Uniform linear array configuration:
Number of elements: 64
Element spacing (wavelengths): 0.5
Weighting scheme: hamming
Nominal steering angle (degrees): -60
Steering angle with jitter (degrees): -59.453
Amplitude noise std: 0.05
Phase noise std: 0.05

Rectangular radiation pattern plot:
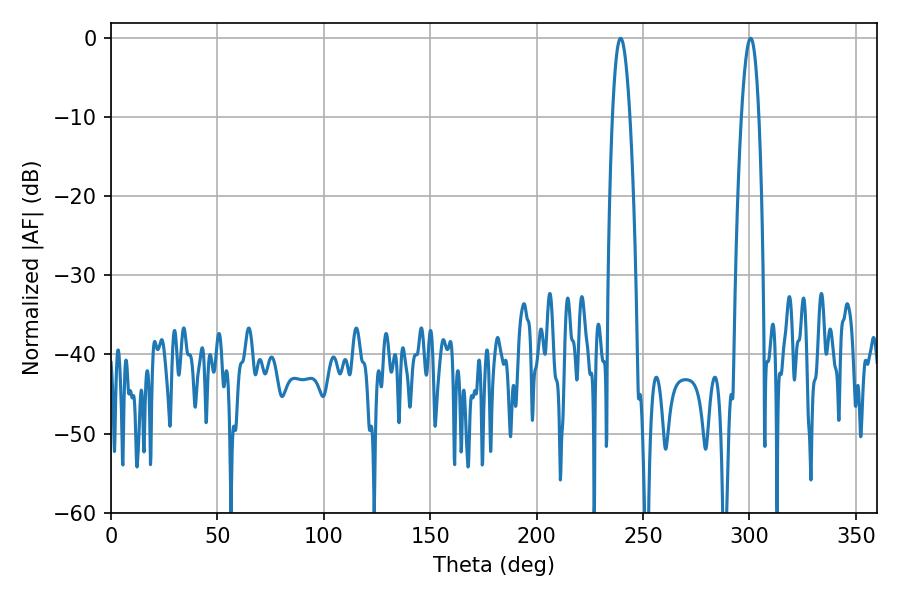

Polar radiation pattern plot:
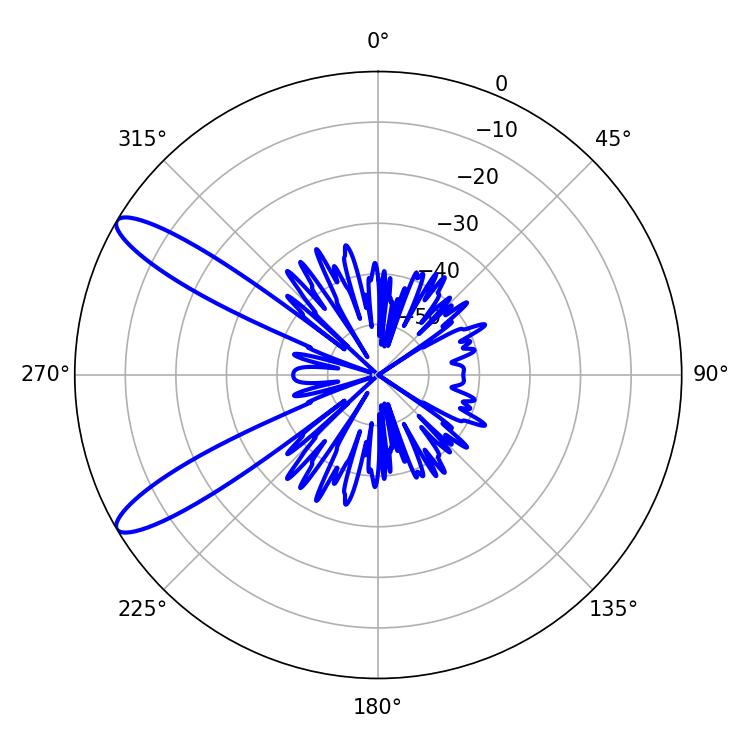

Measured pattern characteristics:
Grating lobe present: FALSE
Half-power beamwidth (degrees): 4.5
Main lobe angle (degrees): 239.4